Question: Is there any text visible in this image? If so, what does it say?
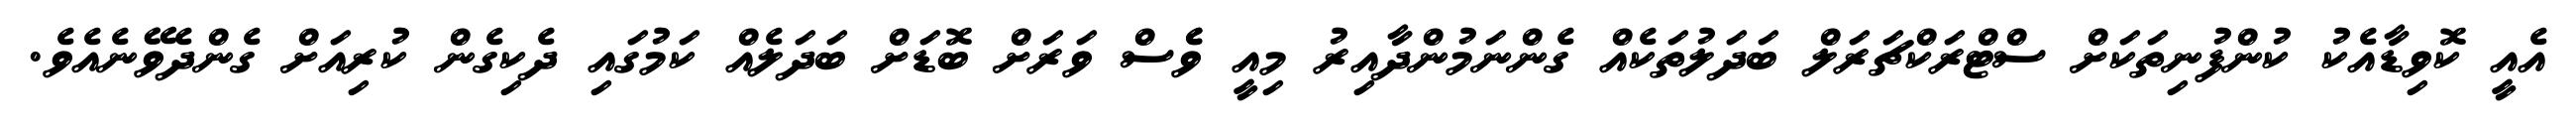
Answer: އެއީ ކޮވިޑާއެކު ކުންފުނިތަކަށް ސްޓްރަކްޗަރަލް ބަދަލުތަކެއް ގެންނަމުންދާއިރު މިއީ ވެެސް ވަރަށް ބޮޑަށް ބަދަލެއް ކަމުގައި ދެކިގެން ކުރިއަށް ގެންދެވޭނެއެވެ.